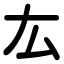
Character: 厷